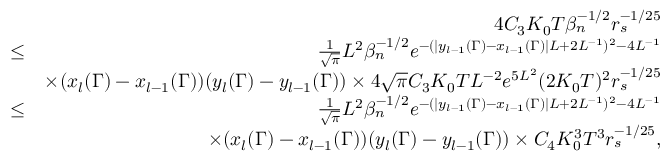
\begin{array} { r l r } & { } & { 4 C _ { 3 } K _ { 0 } T \beta _ { n } ^ { - 1 \slash 2 } r _ { s } ^ { - 1 \slash 2 5 } } \\ & { \leq } & { \frac { 1 } { \sqrt { \pi } } L ^ { 2 } \beta _ { n } ^ { - 1 \slash 2 } e ^ { - ( | y _ { l - 1 } ( \Gamma ) - x _ { l - 1 } ( \Gamma ) | L + 2 L ^ { - 1 } ) ^ { 2 } - 4 L ^ { - 1 } } } \\ & { } & { \times ( x _ { l } ( \Gamma ) - x _ { l - 1 } ( \Gamma ) ) ( y _ { l } ( \Gamma ) - y _ { l - 1 } ( \Gamma ) ) \times 4 \sqrt { \pi } C _ { 3 } K _ { 0 } T L ^ { - 2 } e ^ { 5 L ^ { 2 } } ( 2 K _ { 0 } T ) ^ { 2 } r _ { s } ^ { - 1 \slash 2 5 } } \\ & { \leq } & { \frac { 1 } { \sqrt { \pi } } L ^ { 2 } \beta _ { n } ^ { - 1 \slash 2 } e ^ { - ( | y _ { l - 1 } ( \Gamma ) - x _ { l - 1 } ( \Gamma ) | L + 2 L ^ { - 1 } ) ^ { 2 } - 4 L ^ { - 1 } } } \\ & { } & { \times ( x _ { l } ( \Gamma ) - x _ { l - 1 } ( \Gamma ) ) ( y _ { l } ( \Gamma ) - y _ { l - 1 } ( \Gamma ) ) \times C _ { 4 } K _ { 0 } ^ { 3 } T ^ { 3 } r _ { s } ^ { - 1 \slash 2 5 } , } \end{array}